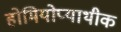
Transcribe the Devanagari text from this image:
होमियोप्याथीक